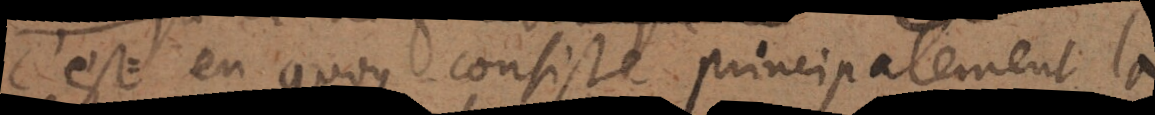
c’esten quoy consiste principalement la